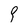
Character: 9